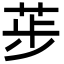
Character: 荹